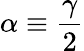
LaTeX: \alpha\equiv{\frac{\gamma}{2}}